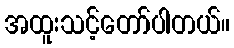
အထူးသင့်တော်ပါတယ်။